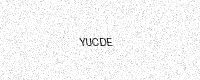
Text: YUCDE